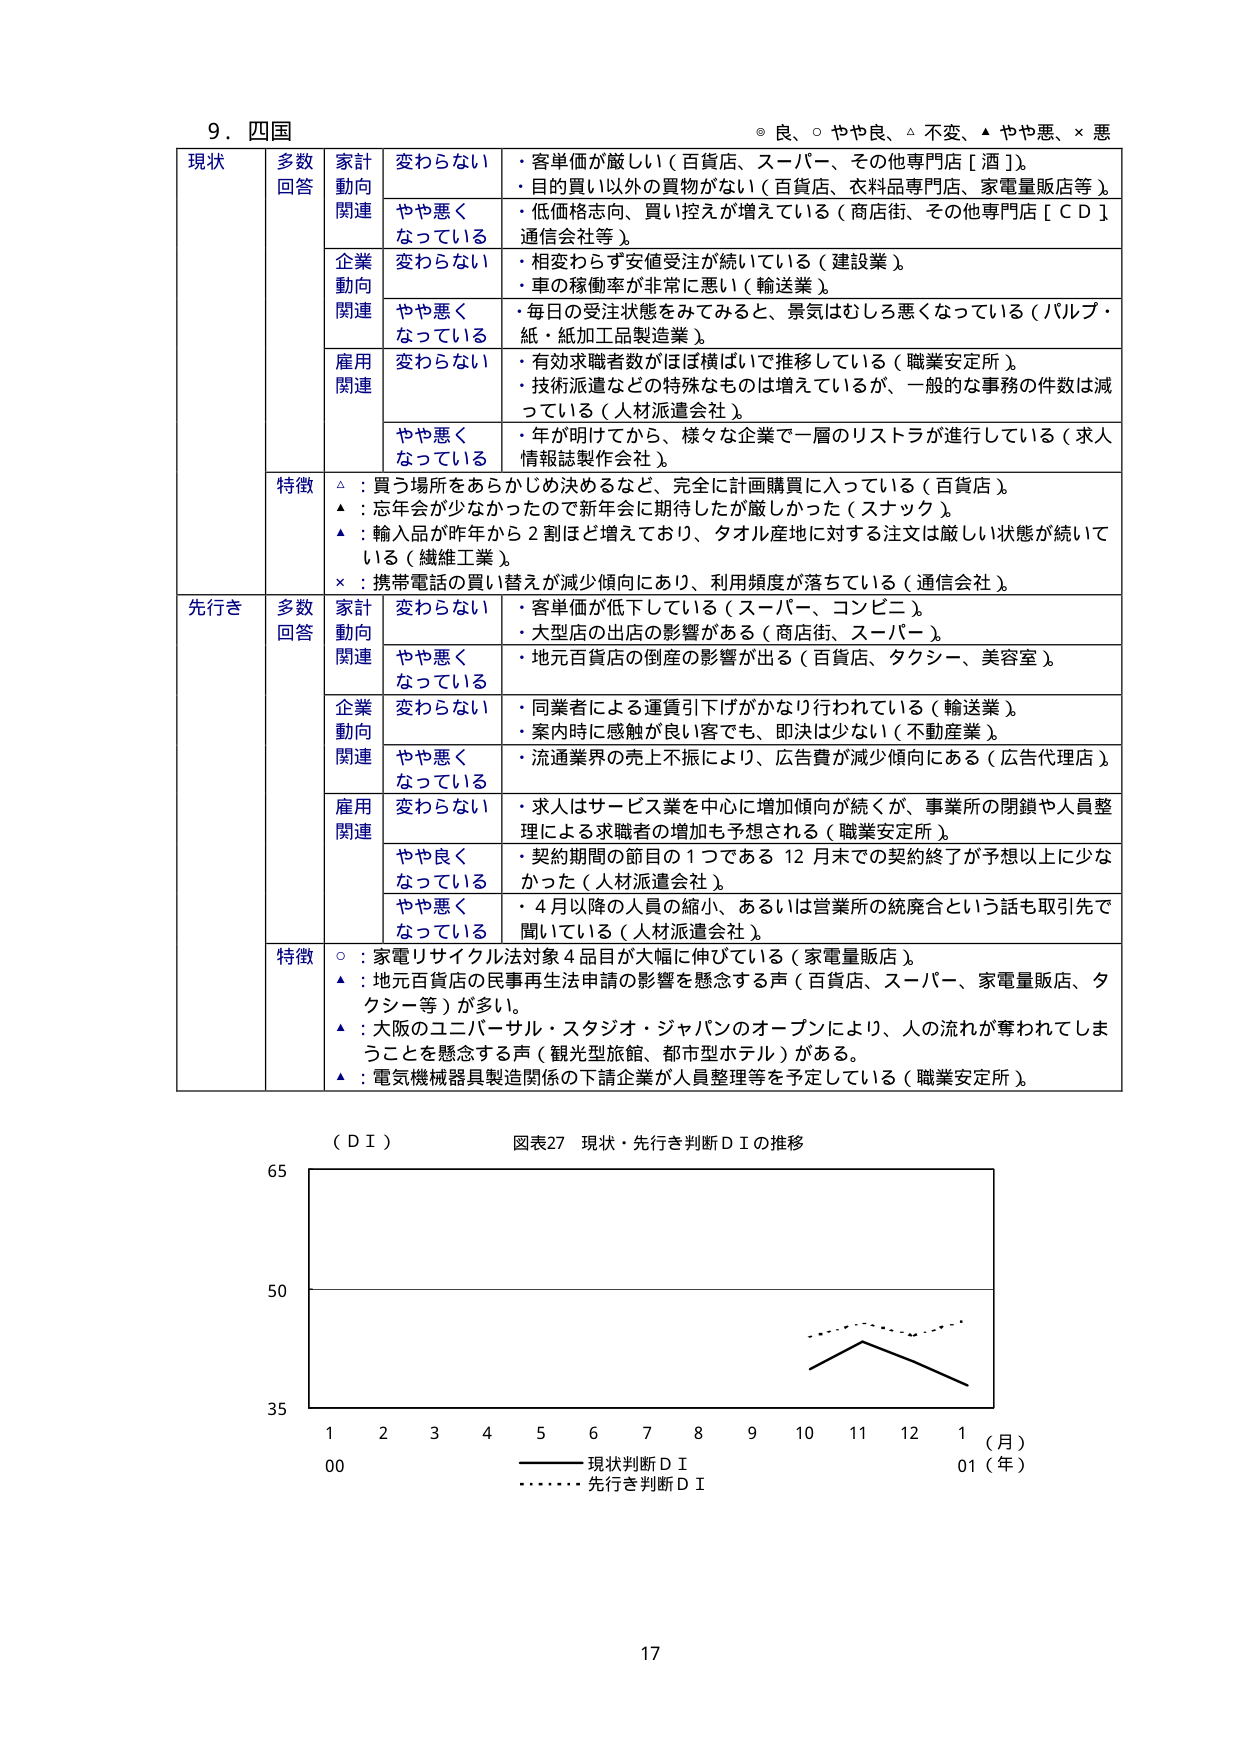
9．四国
◎ 良、○ やや良、△ 不変、▲ やや悪、× 悪

現状
多数回答
家計動向関連
変わらない
・客単価が厳しい（百貨店、スーパー、その他専門店［酒］）。
・目的買い以外の買物がない（百貨店、衣料品専門店、家電量販店等）。

やや悪くなっている
・低価格志向、買い控えが増えている（商店街、その他専門店［ＣＤ］通信会社等）。

企業動向関連
変わらない
・相変わらず安値受注が続いている（建設業）。
・車の稼働率が非常に悪い（輸送業）。

やや悪くなっている
・毎日の受注状態をみてみると、景気はむしろ悪くなっている（パルプ・紙・紙加工品製造業）。

雇用関連
変わらない
・有効求職者数がほぼ横ばいで推移している（職業安定所）。
・技術派遣などの特殊なものは増えているが、一般的な事務の件数は減っている（人材派遣会社）。

やや悪くなっている
・年が明けてから、様々な企業で一層のリストラが進行している（求人情報誌製作会社）。

特徴
△：買う場所をあらかじめ決めるなど、完全に計画購買に入っている（百貨店）。
▲：忘年会が少なかったので新年会に期待したが厳しかった（スナック）。
▲：輸入品が昨年から２割ほど増えており、タオル産地に対する注文は厳しい状態が続いて いる（繊維工業）。
×：携帯電話の買い替えが減少傾向にあり、利用頻度が落ちている（通信会社）。

先行き
多数回答
家計動向関連
変わらない
・客単価が低下している（スーパー、コンビニ）。
・大型店の出店の影響がある（商店街、スーパー）。

やや悪くなっている
・地元百貨店の倒産の影響が出る（百貨店、タクシー、美容室）。

企業動向関連
変わらない
・同業者による運賃引下げがかなり行われている（輸送業）。
・案内時に感触が良い客でも、即決は少ない（不動産業）。

やや悪くなっている
・流通業界の売上不振により、広告費が減少傾向にある（広告代理店）。

雇用関連
変わらない
・求人はサービス業を中心に増加傾向が続くが、事業所の閉鎖や人員整理による求職者の増加も予想される（職業安定所）。

やや良くなっている
・契約期間の節目の１つである１２月末での契約終了が予想以上に少なかった（人材派遣会社）。

やや悪くなっている
・４月以降の人員の縮小、あるいは営業所の統廃合という話も取引先で聞いている（人材派遣会社）。

特徴
○：家電リサイクル法対象４品目が大幅に伸びている（家電量販店）。
▲：地元百貨店の民事再生法申請の影響を懸念する声（百貨店、スーパー、家電量販店、タクシー等）が多い。
▲：大阪のユニバーサル・スタジオ・ジャパンのオープンにより、人の流れが奪われてしまうことを懸念する声（観光型旅館、都市型ホテル）がある。
▲：電気機械器具製造関係の下請企業が人員整理等を予定している（職業安定所）。

（ＤＩ）
図表27 現状・先行き判断ＤＩの推移

65
50
35
1 2 3 4 5 6 7 8 9 10 11 12 1（月）
00 01（年）
―――― 現状判断ＤＩ
・・・・・・ 先行き判断ＤＩ

17